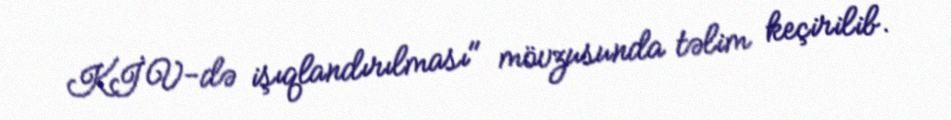
KİV-də işıqlandırılması" mövzusunda təlim keçirilib.